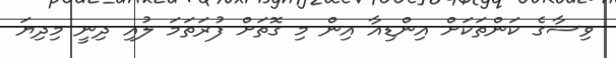
ވިސާގެ ކަންތަކަށް އިންޑިއާ އިން މި ގޮތަށް ފުރަތަމަ ލުއި ދިނީ މިދިޔަ